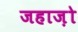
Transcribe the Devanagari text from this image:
जहाज़ो